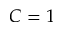
C = 1